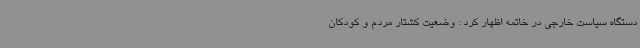
دستگاه سیاست خارجی در خاتمه اظهار کرد : وضعیت کشتار مردم و کودکان